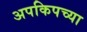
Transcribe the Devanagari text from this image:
अपकिपच्या